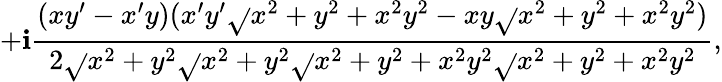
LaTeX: +\mathbf{i}{\frac{{(xy^{\prime}-x^{\prime}y)(x^{\prime}y^{\prime}{\sqrt{}{{x^{2}+y^{2}+x^{2}y^{2}}}}-xy{\sqrt{}{{x^{2}+y^{2}+x^{2}y^{2}}}})}}{{2{\sqrt{}{{x^{2}+y^{2}}}}{\sqrt{}{{x^{2}+y^{2}}}}{\sqrt{}{{x^{2}+y^{2}+x^{2}y^{2}}}}{\sqrt{}{{x^{2}+y^{2}+x^{2}y^{2}}}}}}},